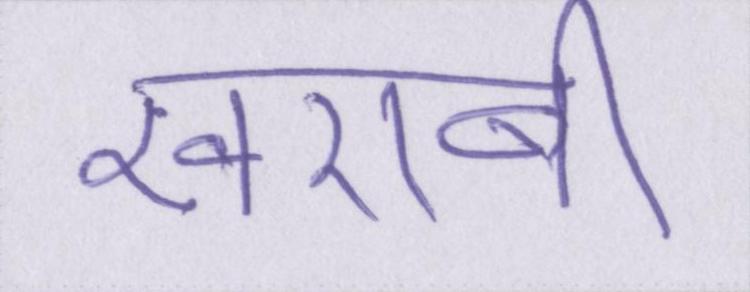
खराबी